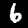
Label: 6